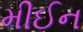
મીઈન